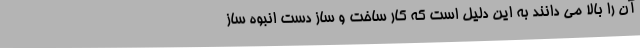
آن را بالا می دانند به این دلیل است که کار ساخت و ساز دست انبوه ساز